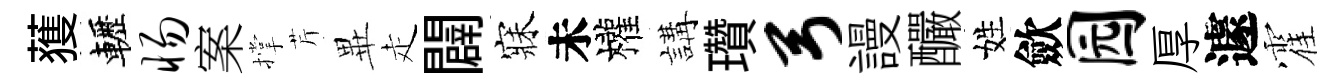
𫉬轣惕案撑芹𭺾走闢寐未權講瓚弓謾釅姓歛园厚遽霍